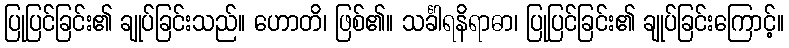
ပြုပြင်ခြင်း၏ ချုပ်ခြင်းသည်။ ဟောတိ၊ ဖြစ်၏။ သင်္ခါရနိရာဓာ၊ ပြုပြင်ခြင်း၏ ချုပ်ခြင်းကြောင့်။